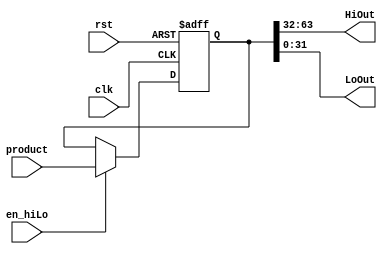
module HiLo( product, HiOut, LoOut, clk, rst, en_hiLo );
	input [63:0] product;
	input clk, rst, en_hiLo;
	output [31:0] HiOut, LoOut;

	reg [63:0] HiLo;

	assign HiOut = HiLo[63:32] ;
	assign LoOut = HiLo[31:0] ;


	always @ ( posedge clk or posedge rst )
	begin
		if ( rst ) HiLo = 64'b0;
		else if ( en_hiLo ) HiLo = product;
	end


endmodule